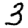
Digit: 3